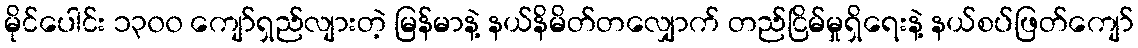
မိုင်ပေါင်း ၁၃၀၀ ကျော်ရှည်လျားတဲ့ မြန်မာနဲ့ နယ်နိမိတ်တလျှောက် တည်ငြိမ်မှုရှိရေးနဲ့ နယ်စပ်ဖြတ်ကျော်